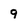
Character: 9